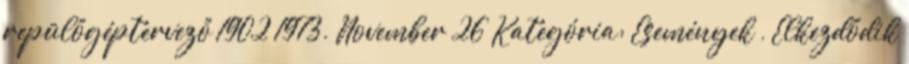
repülőgéptervező 1902 1973. November 26 Kategória: Események , Elkezdődik